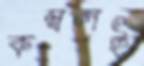
কম্বলই